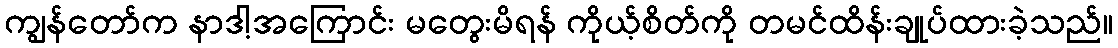
ကျွန်တော်က နာဒါ့အကြောင်း မတွေးမိရန် ကိုယ့်စိတ်ကို တမင်ထိန်းချုပ်ထားခဲ့သည်။